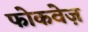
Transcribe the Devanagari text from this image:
फोकवेज़